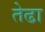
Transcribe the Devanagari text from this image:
तेढा